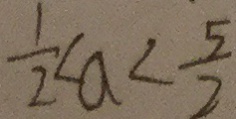
\frac { 1 } { 2 } < a < \frac { 5 } { 2 }